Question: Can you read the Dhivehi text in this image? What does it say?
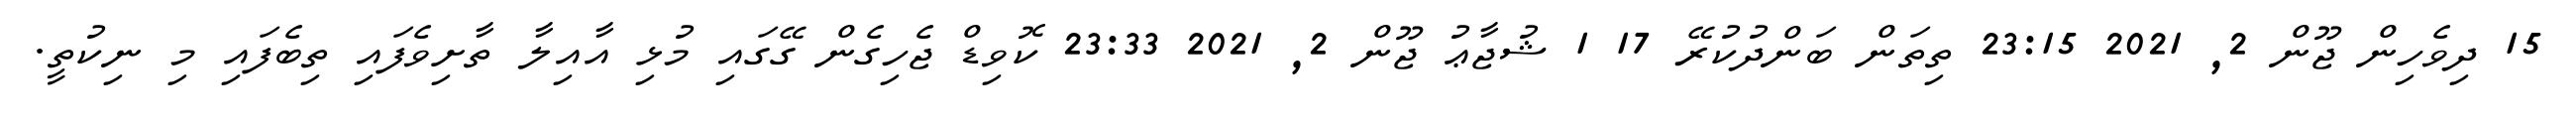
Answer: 15 ދިވެހިން ޖޫން 2, 2021 23:15 ތިތަން ބަންދުކުރޭ 17 1 ޝުޖާޢު ޖޫން 2, 2021 23:33 ކޮވިޑް ޖެހިގެން ގޭގައި މުޅި އާއިލާ ތާށިވެފައި ތިބެފައި މި ނިކުތީ.